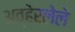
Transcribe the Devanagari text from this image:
अव्हेरलेले